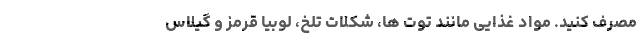
مصرف کنید. مواد غذایی مانند توت ها، شکلات تلخ، لوبیا قرمز و گیلاس